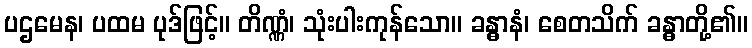
ပဌမေန၊ ပထမ ပုဒ်ဖြင့်။ တိဏ္ဏံ၊ သုံးပါးကုန်သော။ ခန္ဓာနံ၊ စေတသိက် ခန္ဓာတို့၏။